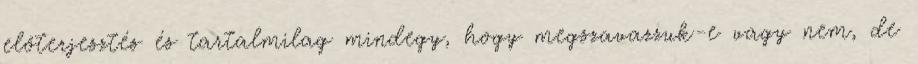
előterjesztés és tartalmilag mindegy, hogy megszavazzuk-e vagy nem, de